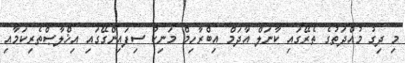
މި ދިގު މުއްދަތުގެ ތެރޭގައި ކާނަލް އާދަމް އިބްރާހިމް މަނިކު ސިފައިންގޭގައި އިޚްލާޞްތެރިކަމާއި